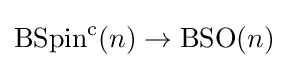
\operatorname {BSpin} ^{\mathrm {c} }(n)\rightarrow \operatorname {BSO} (n)